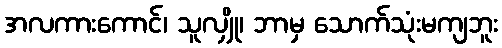
အလကားကောင်၊ သူလျှို၊ ဘာမှ သောက်သုံးမကျဘူး